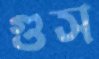
গুস